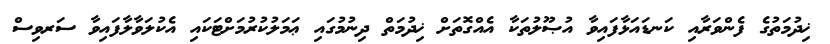
ޚިދުމަތުގެ ފެންވަރާއި ކަނޑައަޅާފައިވާ އުޞޫލުތަކާ އެއްގޮތަށް ޚިދުމަތް ދިނުމުގައި ޢަމަލުކުރުމަށްޓަކައި އެކުލަވާލާފައިވާ ސަރވިސް